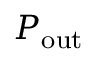
P _ { \mathrm { o u t } }